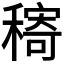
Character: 𱶠